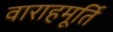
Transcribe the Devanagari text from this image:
वाराहमूर्ति